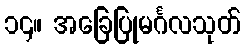
၁၄။ အခြေပြုမင်္ဂလသုတ်